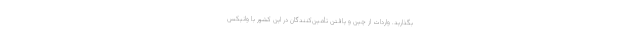
بگذارید. واردات از چین و یافتن تأمین‌کنندگان در این کشور با وانیکس